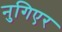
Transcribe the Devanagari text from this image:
नुगिएर